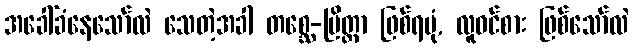
အခေါ်ခံနေသော်လဲ သေတဲ့အခါ တစ္ဆေ-ပြိတ္တာ ဖြစ်ရပုံ, လူဝင်စား ဖြစ်သော်လဲ